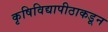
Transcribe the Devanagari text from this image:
कृषिविद्यापीठाकडून